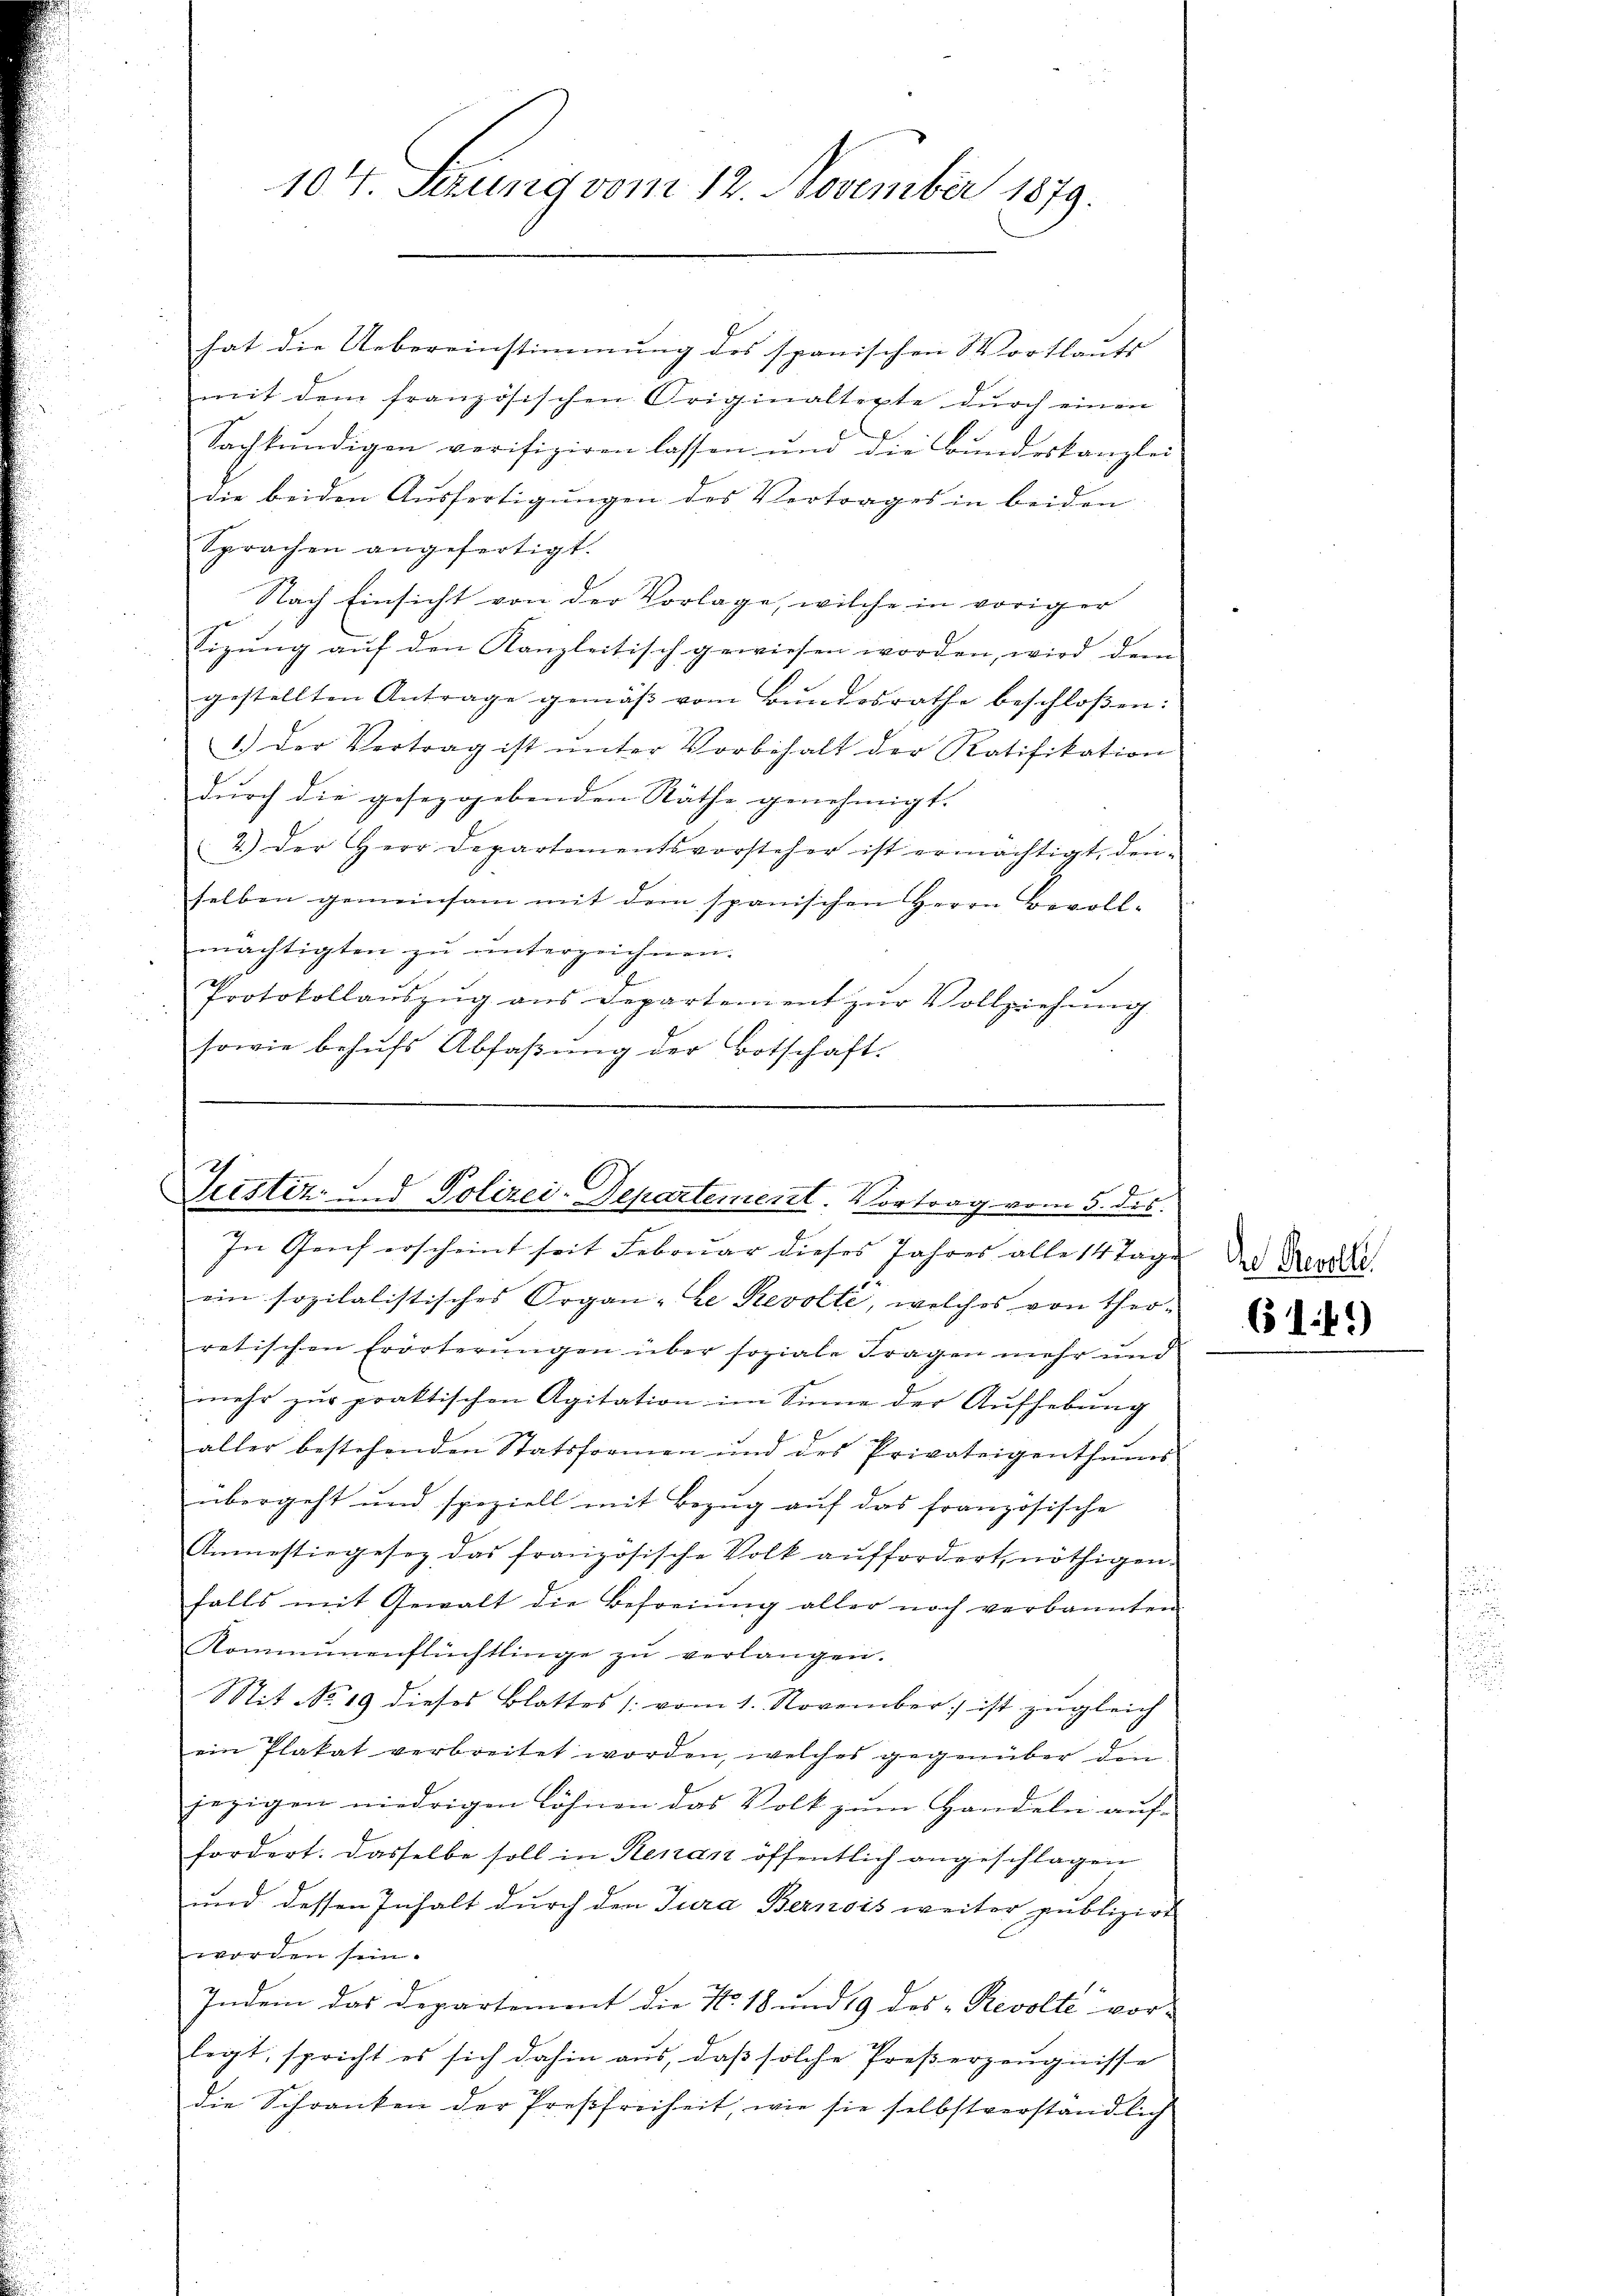
104. Serung vom 12. November 1879.

hat die Uebereinstimmung des spanischen Wortlauts
mit dem französischen Originaltexte dŭrch einen
Sachkŭndigen verifiziren lassen ŭm die Bŭndeskanzlei
die beiden Ausfertigungen des Vertrages in beiden
Sprachen angefertigt.
Nach Einsicht von der Vorlage, welche in voriger
tizung auf den Kanzleitisch gewiesen worden, wird dem
gestellten Antrage gemäss vom Bundesrathe beschlossen:
1.) Der Vertrag ist ŭnter Vorbehalt der Ratifikation
durch die gesezggebenden Räthe genehmigt.
2.) Der Herr Departementsvorsteher ist ermächtigt, den-
selben gemeinsam mit dem spanischen Herrn Bevoll-
mächtigten zu unterzeichnen.
Protokollaŭszŭg ans Departement zŭr Vollziehŭng
sowie behŭfs Abfaβŭng der Botschaft.

Justiz- & Polizei-Departement. Vortrag vom 5. ds.
In Genf erscheint seit Februar dieses Jahres alle 14 Tage

ein sozialistisches Organ -Le Revolte, welches von Theo-
¬
retischen Erörterungen über soziale Fragen mehr und
mehr zŭr praktischen Agitation im Sinne der Aufhebung
aller bestehenden Statsformen und des Privateigenthŭms
übergeht und speziell mit Bezug auf das französische
Anmestiegesez das französische Volk auffordert, nöthigen.
falls mit Gewalt die Befreiung aller noch verbannten
Kommenenflüchtlinge zŭ verlangen.
Sit No. 19 dieses Blattes /: vom 1. November ist zŭgleich
ein Plakat verbreitet worden, welches gegenüber din
jezigen niedrigen Löhnen das Volk zum Handeln auf-
fordert. Dasselbe soll in Renan öffentlich angeschlagen
und dessen Inhalt durch den Jura Bernois weiter publizirt
worden sein.
Indem das Departement die No. 18 und 19 des „Revolte vor-
legt, spricht es sich dahin aŭs, daβ solche Preβerzeŭgnisse
die Schranken der Preßfreiheit, wie sie selbstverständlich

he Revolle.

61 f.)